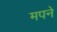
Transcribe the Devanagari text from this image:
मपने